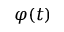
\varphi ( t )